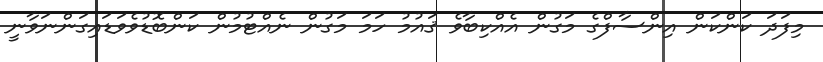
މިފަދަ ކަންކަން އިންސާފްގެ މަގުން އެއްކިބާވެ ޤައުމު ހަމަ މަގުން ނެއްޓުމުން ކަންބޮޑުވެވަޑައިގަންނަވާނީ